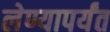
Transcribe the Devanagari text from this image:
लेण्यापर्यंत